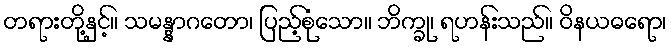
တရားတို့နှင့်။ သမန္နာဂတော၊ ပြည့်စုံသော။ ဘိက္ခု၊ ရဟန်းသည်။ ဝိနယဓရော၊